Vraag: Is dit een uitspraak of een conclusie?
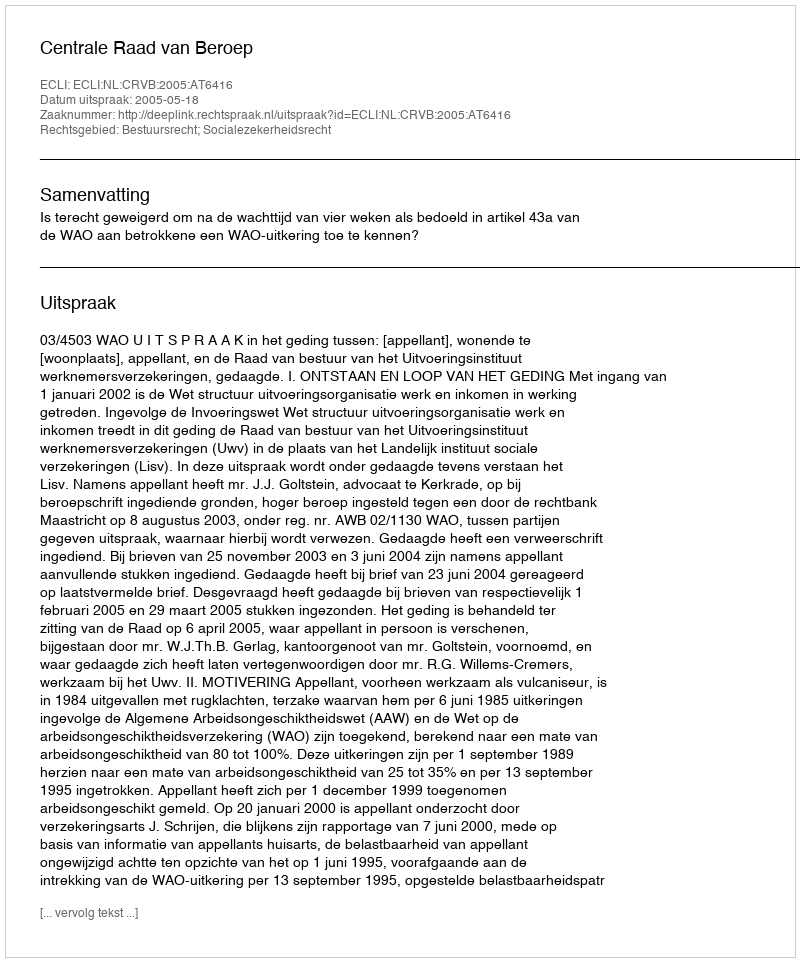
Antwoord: Uitspraak